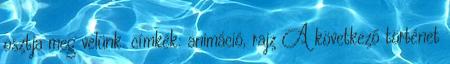
osztja meg velünk. címkék: animáció, rajz A következő történet